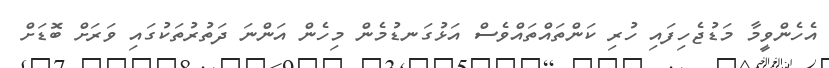
އެހެންވީމާ މަޑުޖެހިފައި ހުރި ކަންތައްތައްވެސް އަޅުގަނޑުމެން މިހެން އަންނަ ދަތުރުތަކުގައި ވަރަށް ބޮޑަށް